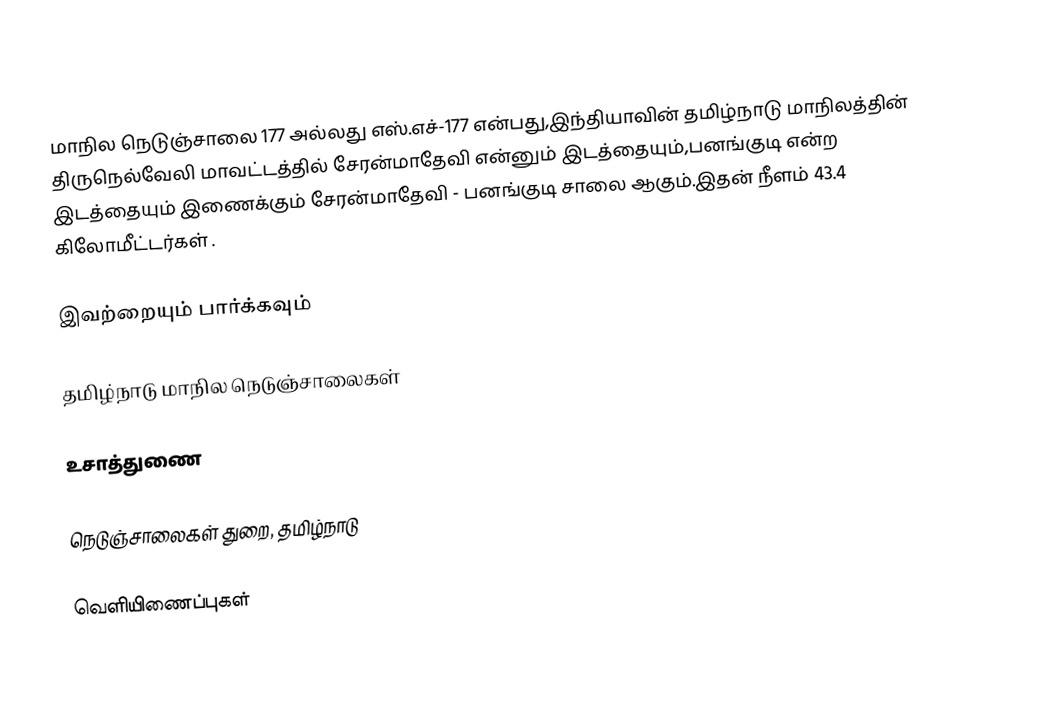
மாநில நெடுஞ்சாலை 177 அல்லது எஸ்.எச்-177  என்பது,இந்தியாவின் தமிழ்நாடு மாநிலத்தின்  திருநெல்வேலி மாவட்டத்தில்  சேரன்மாதேவி  என்னும் இடத்தையும்,பனங்குடி  என்ற இடத்தையும் இணைக்கும் சேரன்மாதேவி - பனங்குடி சாலை ஆகும்.இதன் நீளம் 43.4  கிலோமீட்டர்கள் .

இவற்றையும் பார்க்கவும்

 தமிழ்நாடு மாநில நெடுஞ்சாலைகள்

உசாத்துணை

 நெடுஞ்சாலைகள் துறை, தமிழ்நாடு

வெளியிணைப்புகள்